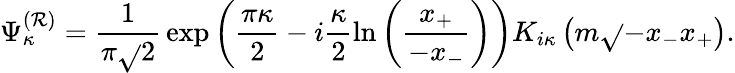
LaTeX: \Psi_{\kappa}^{(\mathcal{R})}=\frac{1}{{\pi\sqrt{}{{2}}}}\, \exp\left(\frac{{\pi\kappa}}{2}-i\frac{{\kappa}}{2}\ln\left(\frac{{x_{+}}}{{-x_{-}}}\right)\right)K_{i\kappa}\left(m\sqrt{}{{-x_{-}x_{+}}}\right).